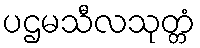
ပဌမသီလသုတ္တံ